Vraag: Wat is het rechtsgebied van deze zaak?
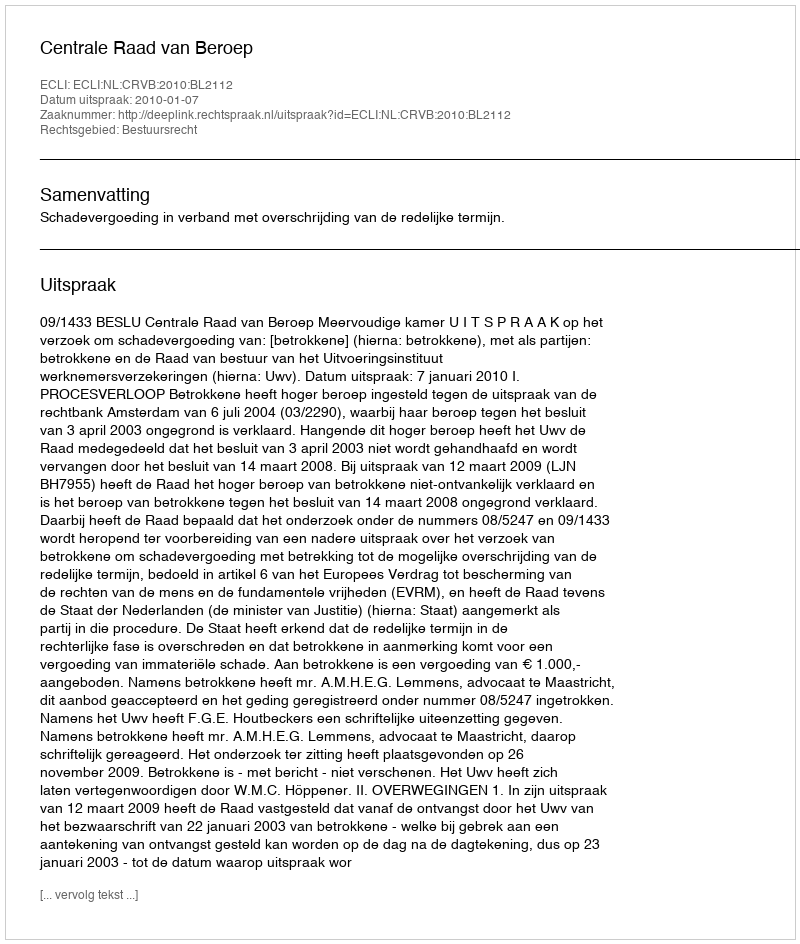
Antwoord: Bestuursrecht